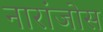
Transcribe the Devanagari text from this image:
नारांजोस